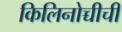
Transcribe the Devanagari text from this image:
किलिनोच्चीची